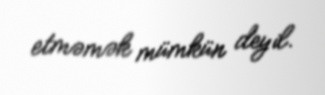
etməmək mümkün deyil.